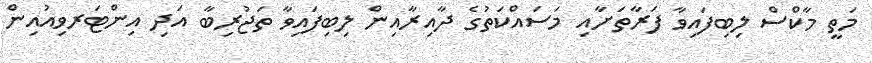
މަތީ މާކްސް ލިބިފައިވާ ފަރާތަށާއި މަސައްކަތުގެ ދާއިރާއިން ލިބިފައިވާ ތަޖުރިބާ އަދި އިންޓަރވިއުއިން